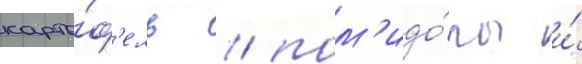
карто́ф'ель / пом'идо́ры и́